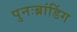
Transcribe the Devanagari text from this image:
पुनःब्रांडिंग